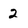
Character: 2